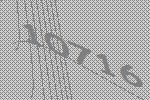
10716